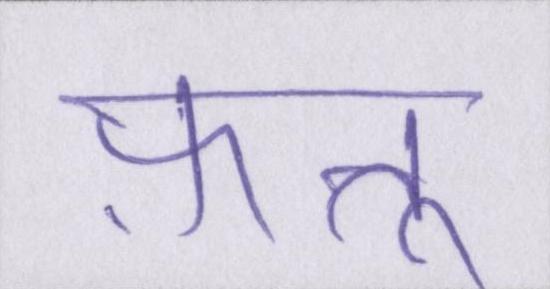
फ़त्तू